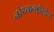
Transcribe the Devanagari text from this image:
नरेथ्यानड्रोलोन